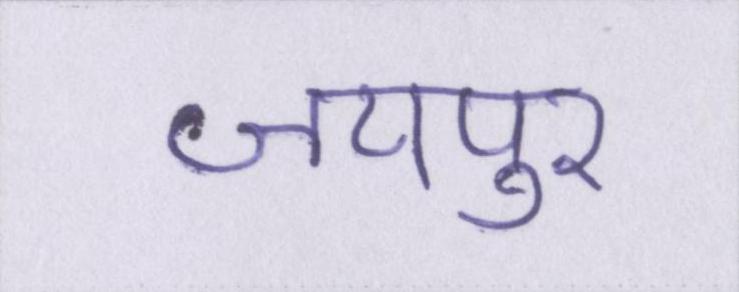
जयपुर